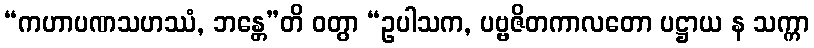
“ကဟာပဏသဟဿံ, ဘန္တေ”တိ ဝတွာ “ဥပါသက, ပဗ္ဗဇိတကာလတော ပဋ္ဌာယ န သက္ကာ